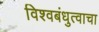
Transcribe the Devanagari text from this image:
विश्वबंधुत्वाचा